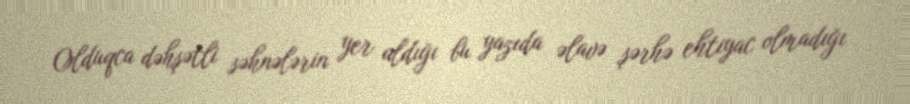
Olduqca dəhşətli səhnələrin yer aldığı bu yazıda əlavə şərhə ehtiyac olmadığı